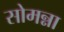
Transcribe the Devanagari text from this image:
सोमन्ना